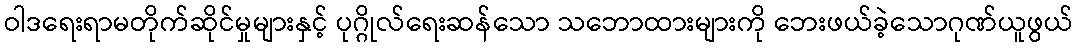
ဝါဒရေးရာမတိုက်ဆိုင်မှုများနှင့် ပုဂ္ဂိုလ်ရေးဆန်သော သဘောထားများကို ဘေးဖယ်ခဲ့သောဂုဏ်ယူဖွယ်